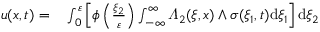
\begin{array} { r l } { u ( x , t ) = } & { { } \int _ { 0 } ^ { \varepsilon } \left[ \phi \left( \frac { \xi _ { 2 } } { \varepsilon } \right) \int _ { - \infty } ^ { \infty } \varLambda _ { 2 } ( \xi , x ) \wedge \sigma ( \xi _ { 1 } , t ) \mathrm { d } \xi _ { 1 } \right] \mathrm { d } \xi _ { 2 } } \end{array}